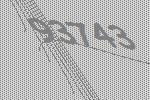
93743